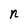
Character: n